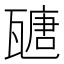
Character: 𤮂